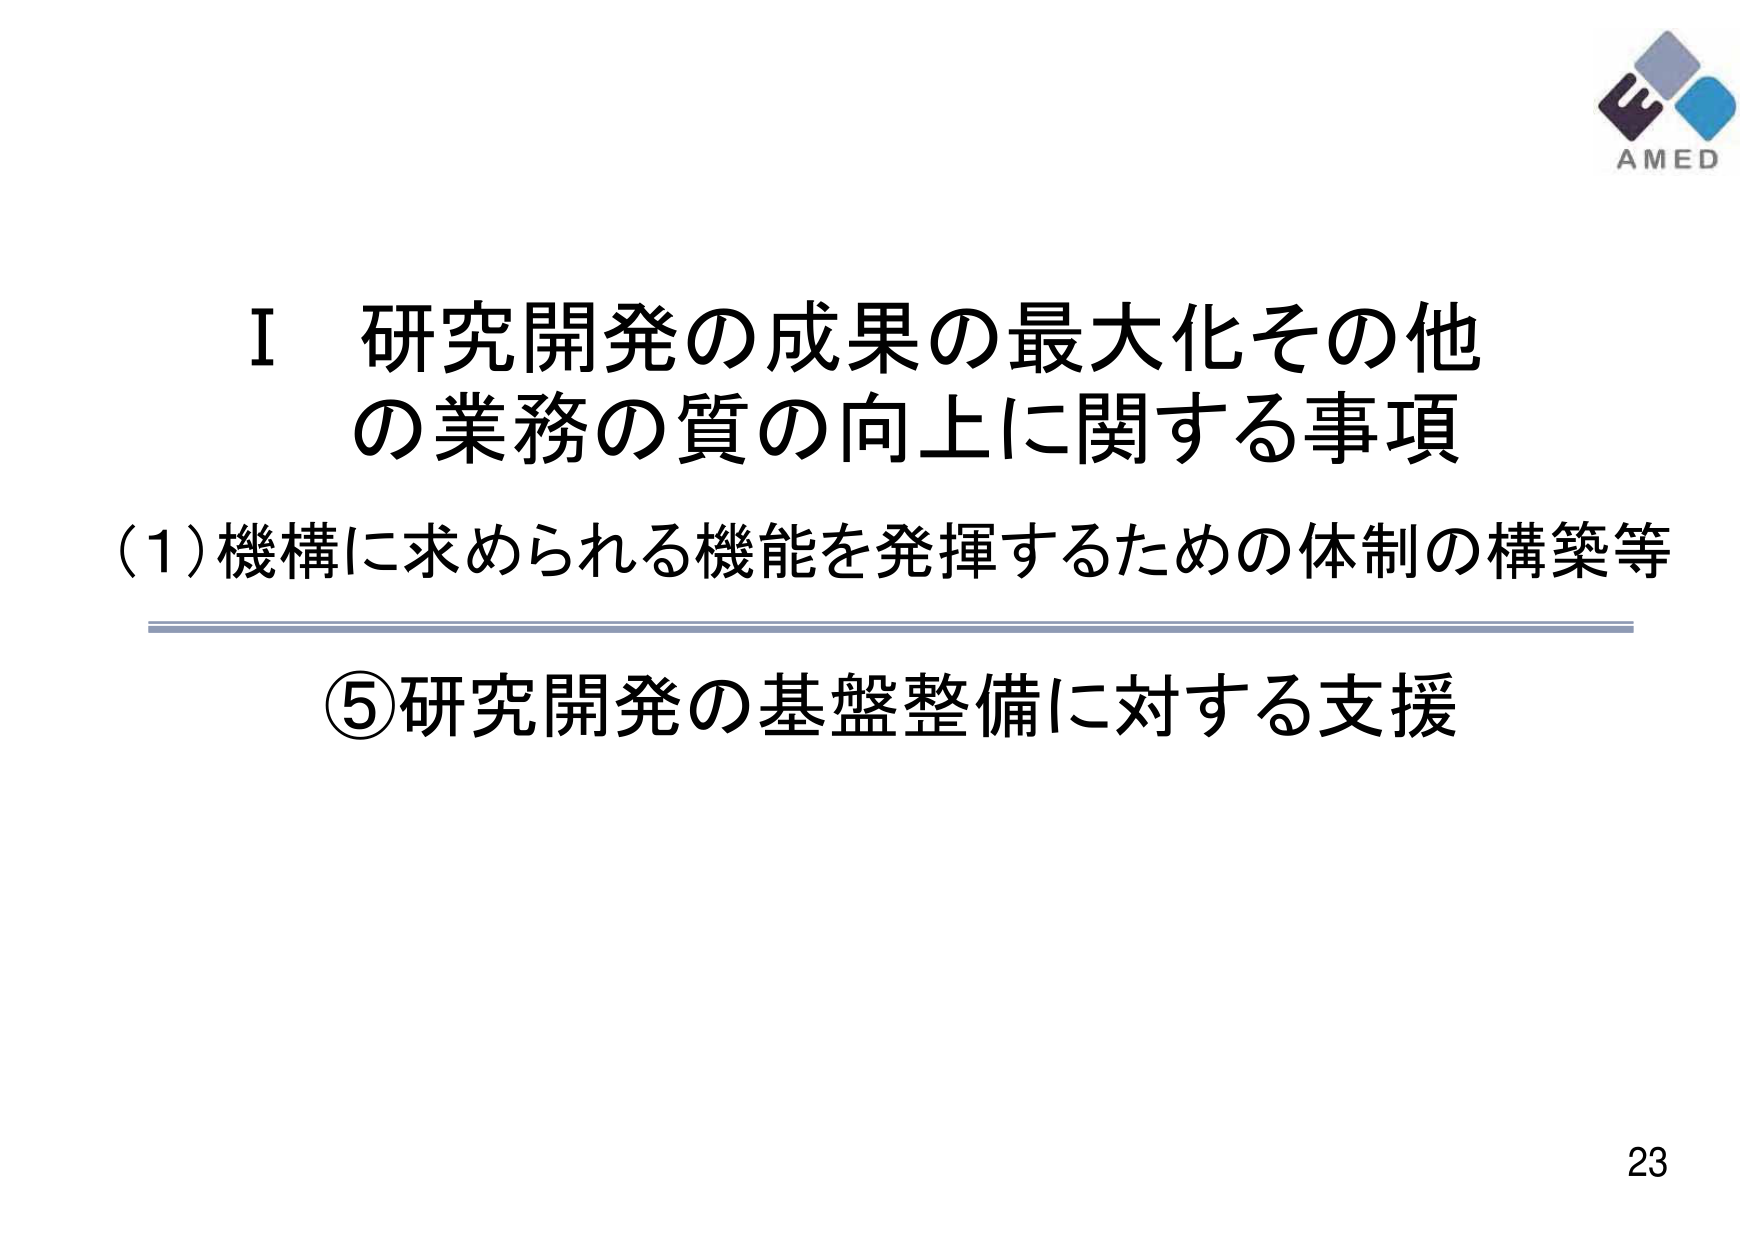
I 研究開発の成果の最大化その他
の業務の質の向上に関する事項
(1) 機構に求められる機能を発揮するための体制の構築等
⑤ 研究開発の基盤整備に対する支援
AMED
23